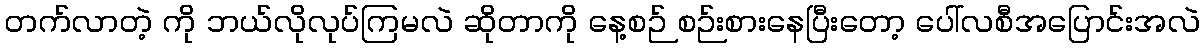
တက်လာတဲ့ ကို ဘယ်လိုလုပ်ကြမလဲ ဆိုတာကို နေ့စဉ် စဉ်းစားနေပြီးတော့ ပေါ်လစီအပြောင်းအလဲ